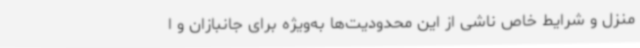
منزل و شرایط خاص ناشی از این محدودیت‌ها به‌ویژه برای جانبازان و ا